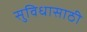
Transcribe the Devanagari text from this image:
सुविधासाठी